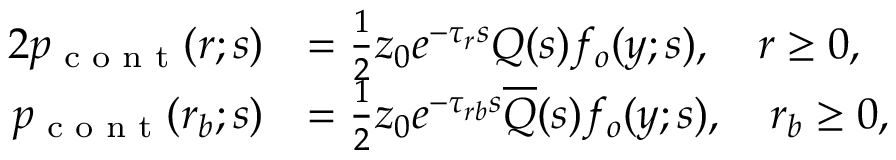
\begin{array} { r l r l } { { 2 } p _ { \textrm { c o n t } } ( r ; s ) } & { = \frac { 1 } { 2 } z _ { 0 } e ^ { - \tau _ { r } s } Q ( s ) f _ { o } ( y ; s ) , \quad r \geq 0 , } & & { } \\ { p _ { \textrm { c o n t } } ( r _ { b } ; s ) } & { = \frac { 1 } { 2 } z _ { 0 } e ^ { - \tau _ { r b } s } \overline { { Q } } ( s ) f _ { o } ( y ; s ) , \quad r _ { b } \geq 0 , } & & { } \end{array}